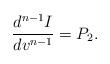
LaTeX: \begin{align*} \frac{d^{n-1}I}{dv^{n-1}}=P_2.\end{align*}